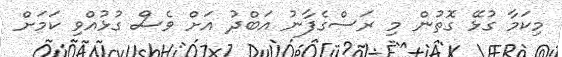
މިކަމާ ގުޅޭ ގޮތުން މި ރަސްގެފާނު އަބްދު އަށް ވެސް ގުޅުއްވި ކަމަށް